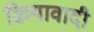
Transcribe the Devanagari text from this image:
क्रियावादी